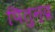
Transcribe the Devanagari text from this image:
पितुन्द्र